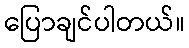
ပြောချင်ပါတယ်။